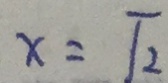
x = \sqrt { 2 }